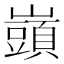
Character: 𡾣